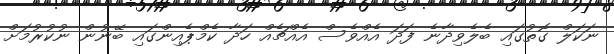
ނަކަލް ގޮތުގައި ބެލެވިދާނެ ފަދަ އެއްވެސް އެއްޗެއް ހަދާ ކެމްޕެއިންގައި ބޭނުން ނުކުރުމަށް